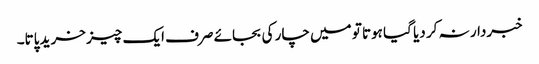
خبردار نہ کر دیا گیا ہوتا تو میں چار کی بجائے صرف ایک چیز خرید پاتا۔